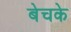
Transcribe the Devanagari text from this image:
बेचके